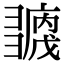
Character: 𢑶